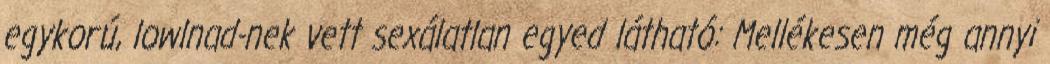
egykorú, lowlnad-nek vett sexálatlan egyed látható: Mellékesen még annyi